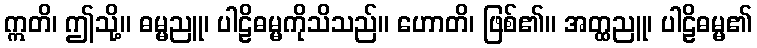
ဣတိ၊ ဤသို့။ ဓမ္မညူ၊ ပါဠိဓမ္မကိုသိသည်။ ဟောတိ၊ ဖြစ်၏။ အတ္ထညူ၊ ပါဠိဓမ္မ၏